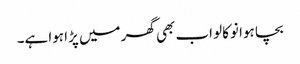
بچا ہوا نوکالو اب بھی گھر میں پڑا ہوا ہے۔